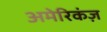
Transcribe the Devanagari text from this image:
अमेरिकंज़